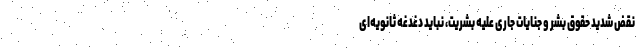
نقض شدید حقوق بشر و جنایات جاری علیه بشریت، نباید دغدغه ثانویه‌ای